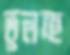
ভুলচ্ছ